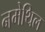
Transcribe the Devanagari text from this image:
नमेथिल